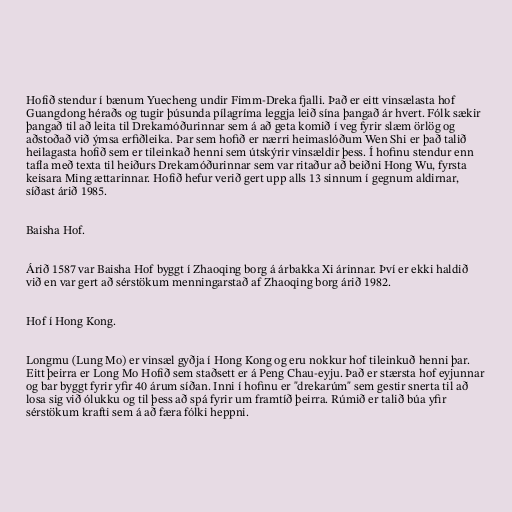
Hofið stendur í bænum Yuecheng undir Fimm-Dreka fjalli. Það er eitt vinsælasta hof
Guangdong héraðs og tugir þúsunda pílagríma leggja leið sína þangað ár hvert. Fólk sækir
þangað til að leita til Drekamóðurinnar sem á að geta komið í veg fyrir slæm örlög og
aðstoðað við ýmsa erfiðleika. Þar sem hofið er nærri heimaslóðum Wen Shi er það talið
heilagasta hofið sem er tileinkað henni sem útskýrir vinsældir þess. Í hofinu stendur enn
tafla með texta til heiðurs Drekamóðurinnar sem var ritaður að beiðni Hong Wu, fyrsta
keisara Ming ættarinnar. Hofið hefur verið gert upp alls 13 sinnum í gegnum aldirnar,
síðast árið 1985.

Baisha Hof.

Árið 1587 var Baisha Hof byggt í Zhaoqing borg á árbakka Xi árinnar. Því er ekki haldið
við en var gert að sérstökum menningarstað af Zhaoqing borg árið 1982.

Hof í Hong Kong.

Longmu (Lung Mo) er vinsæl gyðja í Hong Kong og eru nokkur hof tileinkuð henni þar.
Eitt þeirra er Long Mo Hofið sem staðsett er á Peng Chau-eyju. Það er stærsta hof eyjunnar
og bar byggt fyrir yfir 40 árum síðan. Inni í hofinu er "drekarúm" sem gestir snerta til að
losa sig við ólukku og til þess að spá fyrir um framtíð þeirra. Rúmið er talið búa yfir
sérstökum krafti sem á að færa fólki heppni.